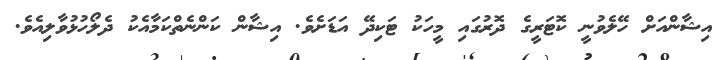
އިޝާންއަށް ހޭލެވުނީ ކޮޓަރީގެ ދޮރުގައި މީހަކު ޓަކިދޭ އަޑަށެވެ. އިޝާން ކަންނެތްކަމާއެކު ދެލޯހުޅުވާލިއެވެ.